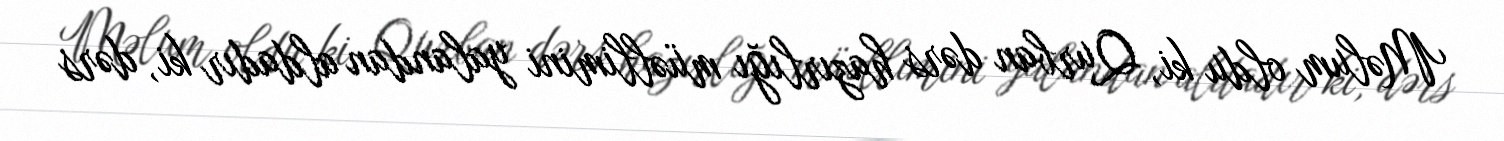
Məlum oldu ki, Qurban dərs hazırlığı müəllimini yalandan aldadır ki, dərs